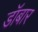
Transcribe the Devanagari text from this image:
डॉबार